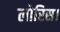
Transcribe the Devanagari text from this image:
लोरिस।